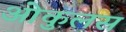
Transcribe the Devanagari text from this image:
ओकुलस